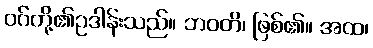
ဝဂ်တို့၏ဥဒါန်းသည်။ ဘဝတိ၊ ဖြစ်၏။ အထ၊